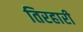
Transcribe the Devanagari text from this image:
तिरहारी